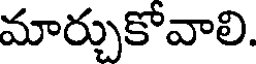
మార్చుకోవాలి.